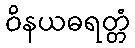
ဝိနယဓရတ္တံ